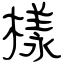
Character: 樣